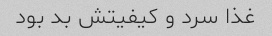
غذا سرد و کیفیتش بد بود